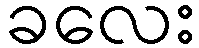
ခလေး